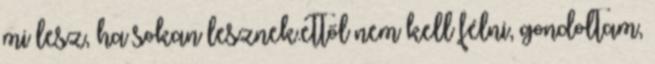
mi lesz, ha sokan lesznek.ettől nem kell félni, gondoltam,